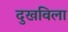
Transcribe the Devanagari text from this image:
दुखविला